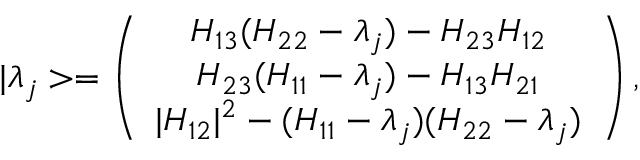
| \lambda _ { j } > = \left( \begin{array} { c } { { H _ { 1 3 } ( H _ { 2 2 } - \lambda _ { j } ) - H _ { 2 3 } H _ { 1 2 } } } \\ { { H _ { 2 3 } ( H _ { 1 1 } - \lambda _ { j } ) - H _ { 1 3 } H _ { 2 1 } } } \\ { { | H _ { 1 2 } | ^ { 2 } - ( H _ { 1 1 } - \lambda _ { j } ) ( H _ { 2 2 } - \lambda _ { j } ) } } \end{array} \right) ,